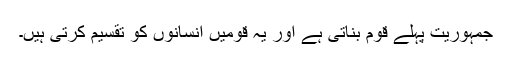
جمہوریت پہلے قوم بناتی ہے اور یہ قومیں انسانوں کو تقسیم کرتی ہیں۔